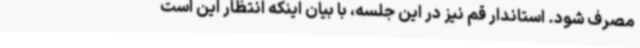
مصرف شود. استاندار قم نیز در این جلسه، با بیان اینکه انتظار این است